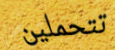
تتحملين